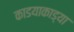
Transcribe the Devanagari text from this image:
काडयाकाड्या